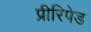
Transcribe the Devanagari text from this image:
प्रीरिपेड